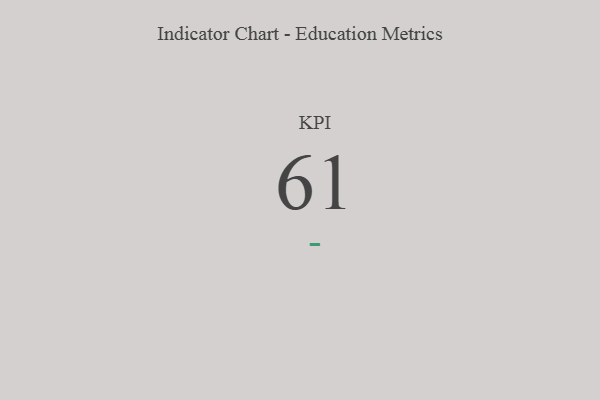
{"axis": {"x": "KPI", "y": "Value"}, "legend": [""], "data": [{"x": "KPI", "y": 61, "type": ""}]}